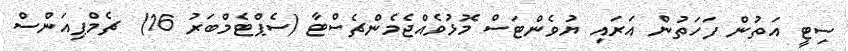
ސިޓީ އަތުން ފަހަތުން އަރައި ޔުވެންޓަސް މޮޅުވެއްޖެމެންޗެސްޓާ (ސެޕްޓެމްބަރު 16)  ޗެމްޕިއަންސް